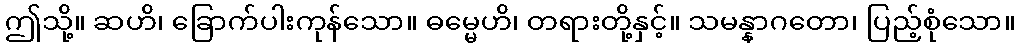
ဤသို့။ ဆဟိ၊ ခြောက်ပါးကုန်သော။ ဓမ္မေဟိ၊ တရားတို့နှင့်။ သမန္နာဂတော၊ ပြည့်စုံသော။